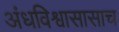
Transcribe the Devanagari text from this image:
अंधविश्वासासाच